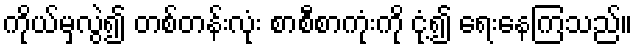
ကိုယ်မှလွဲ၍ တစ်တန်းလုံး စာစီစာကုံးကို ငုံ့၍ ရေးနေကြသည်။